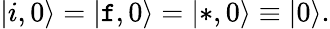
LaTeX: |i,0\rangle=|\mathtt{f},0\rangle=|*,0\rangle\equiv|0\rangle.